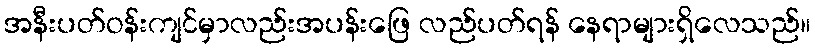
အနီးပတ်ဝန်းကျင်မှာလည်းအပန်းဖြေ လည်ပတ်ရန် နေရာများရှိလေသည်။